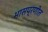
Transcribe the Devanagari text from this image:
भासप्रणीत